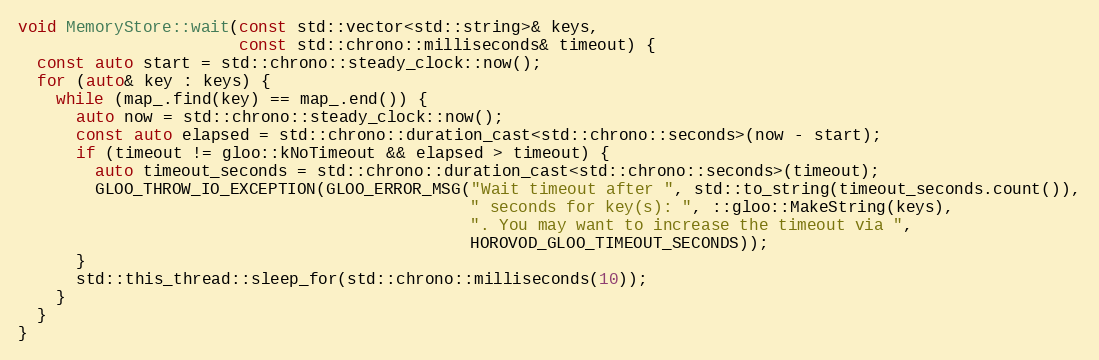
Language: C++
void MemoryStore::wait(const std::vector<std::string>& keys,
                       const std::chrono::milliseconds& timeout) {
  const auto start = std::chrono::steady_clock::now();
  for (auto& key : keys) {
    while (map_.find(key) == map_.end()) {
      auto now = std::chrono::steady_clock::now();
      const auto elapsed = std::chrono::duration_cast<std::chrono::seconds>(now - start);
      if (timeout != gloo::kNoTimeout && elapsed > timeout) {
        auto timeout_seconds = std::chrono::duration_cast<std::chrono::seconds>(timeout);
        GLOO_THROW_IO_EXCEPTION(GLOO_ERROR_MSG("Wait timeout after ", std::to_string(timeout_seconds.count()),
                                               " seconds for key(s): ", ::gloo::MakeString(keys),
                                               ". You may want to increase the timeout via ",
                                               HOROVOD_GLOO_TIMEOUT_SECONDS));
      }
      std::this_thread::sleep_for(std::chrono::milliseconds(10));
    }
  }
}